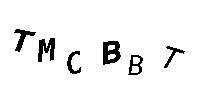
TMCBBT